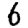
Digit: 6